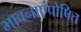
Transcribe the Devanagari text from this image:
भावनाएंपोषित